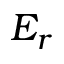
E _ { r }